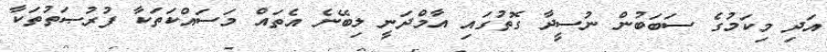
އަދި މިކަމުގެ ސަބަބުން ނުސީދާ ގޮތުގައި އާމްދަނީ ލިބޭނެ އެތައް މަސައްކަތަކާ ފުރުޞަތުތަކާ